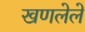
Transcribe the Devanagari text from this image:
खणलेले